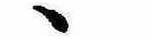
ゝ